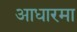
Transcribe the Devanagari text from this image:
आधारमा